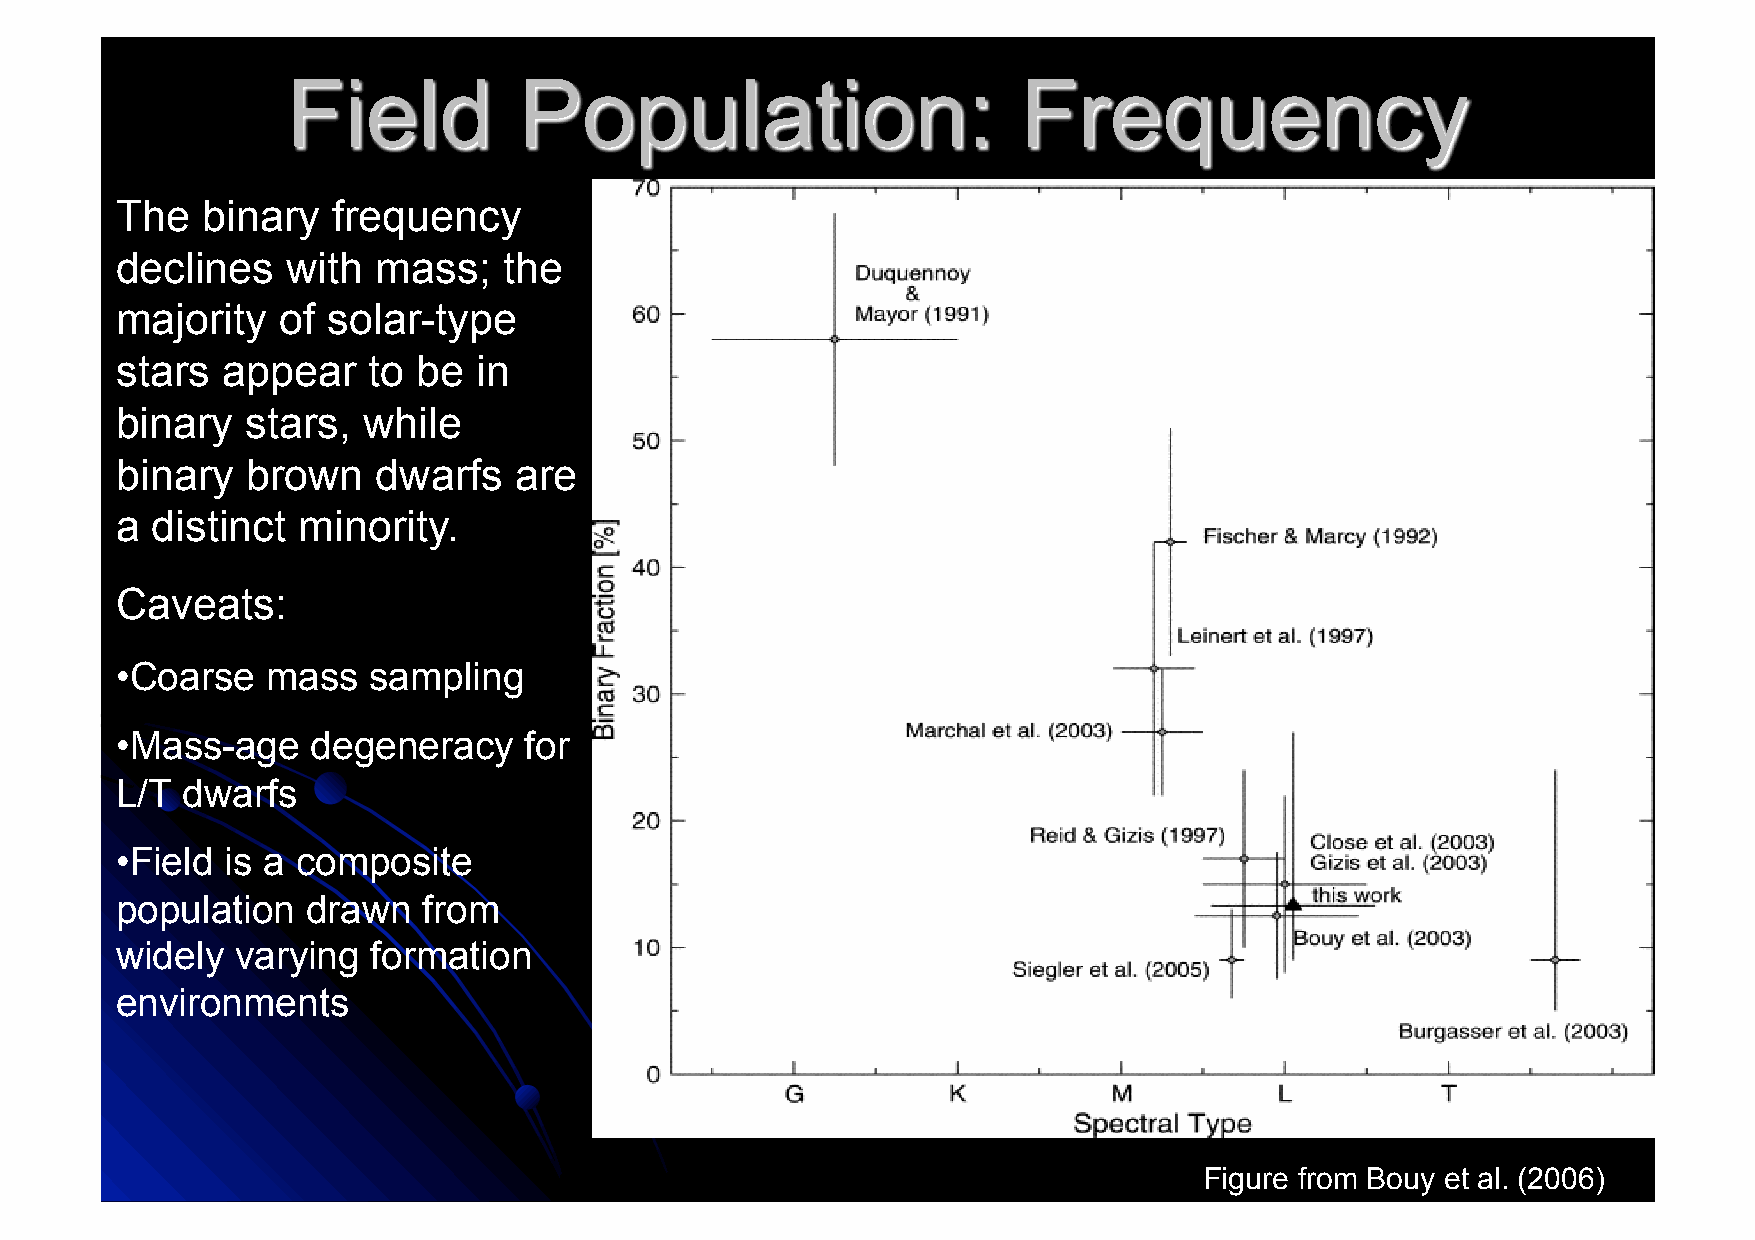
The  binary   frequency
 declines   with  mass;   the
 majority  of  solar-type
 stars  appear   to  be  in
 binary  stars,  while
 binary  brown    dwarfs   are
 a distinct  minority.
 Caveats:
 • Coarse  mass  sampling
 • Mass-age   degeneracy    for
 L/T dwarfs
 • Field is a composite
 population  drawn   from
 widely  varying  formation
 environments
 Figure from Bouy et al. (2006)